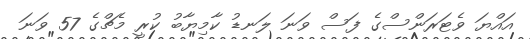
އައްޔަ ވެޓަރަންސްގެ ފަސް ވަނަ ލަނޑު ކާމިޔާބު ކުރީ މެޗްގެ 57 ވަނަ